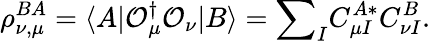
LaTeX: \rho_{\nu,\mu}^{BA}=\langle A|\mathcal{O}_{\mu}^{\dagger}\mathcal{O}_{\nu}|B\rangle={\sum}_{I}C_{\mu I}^{A\ast}C_{\nu I}^{B}.